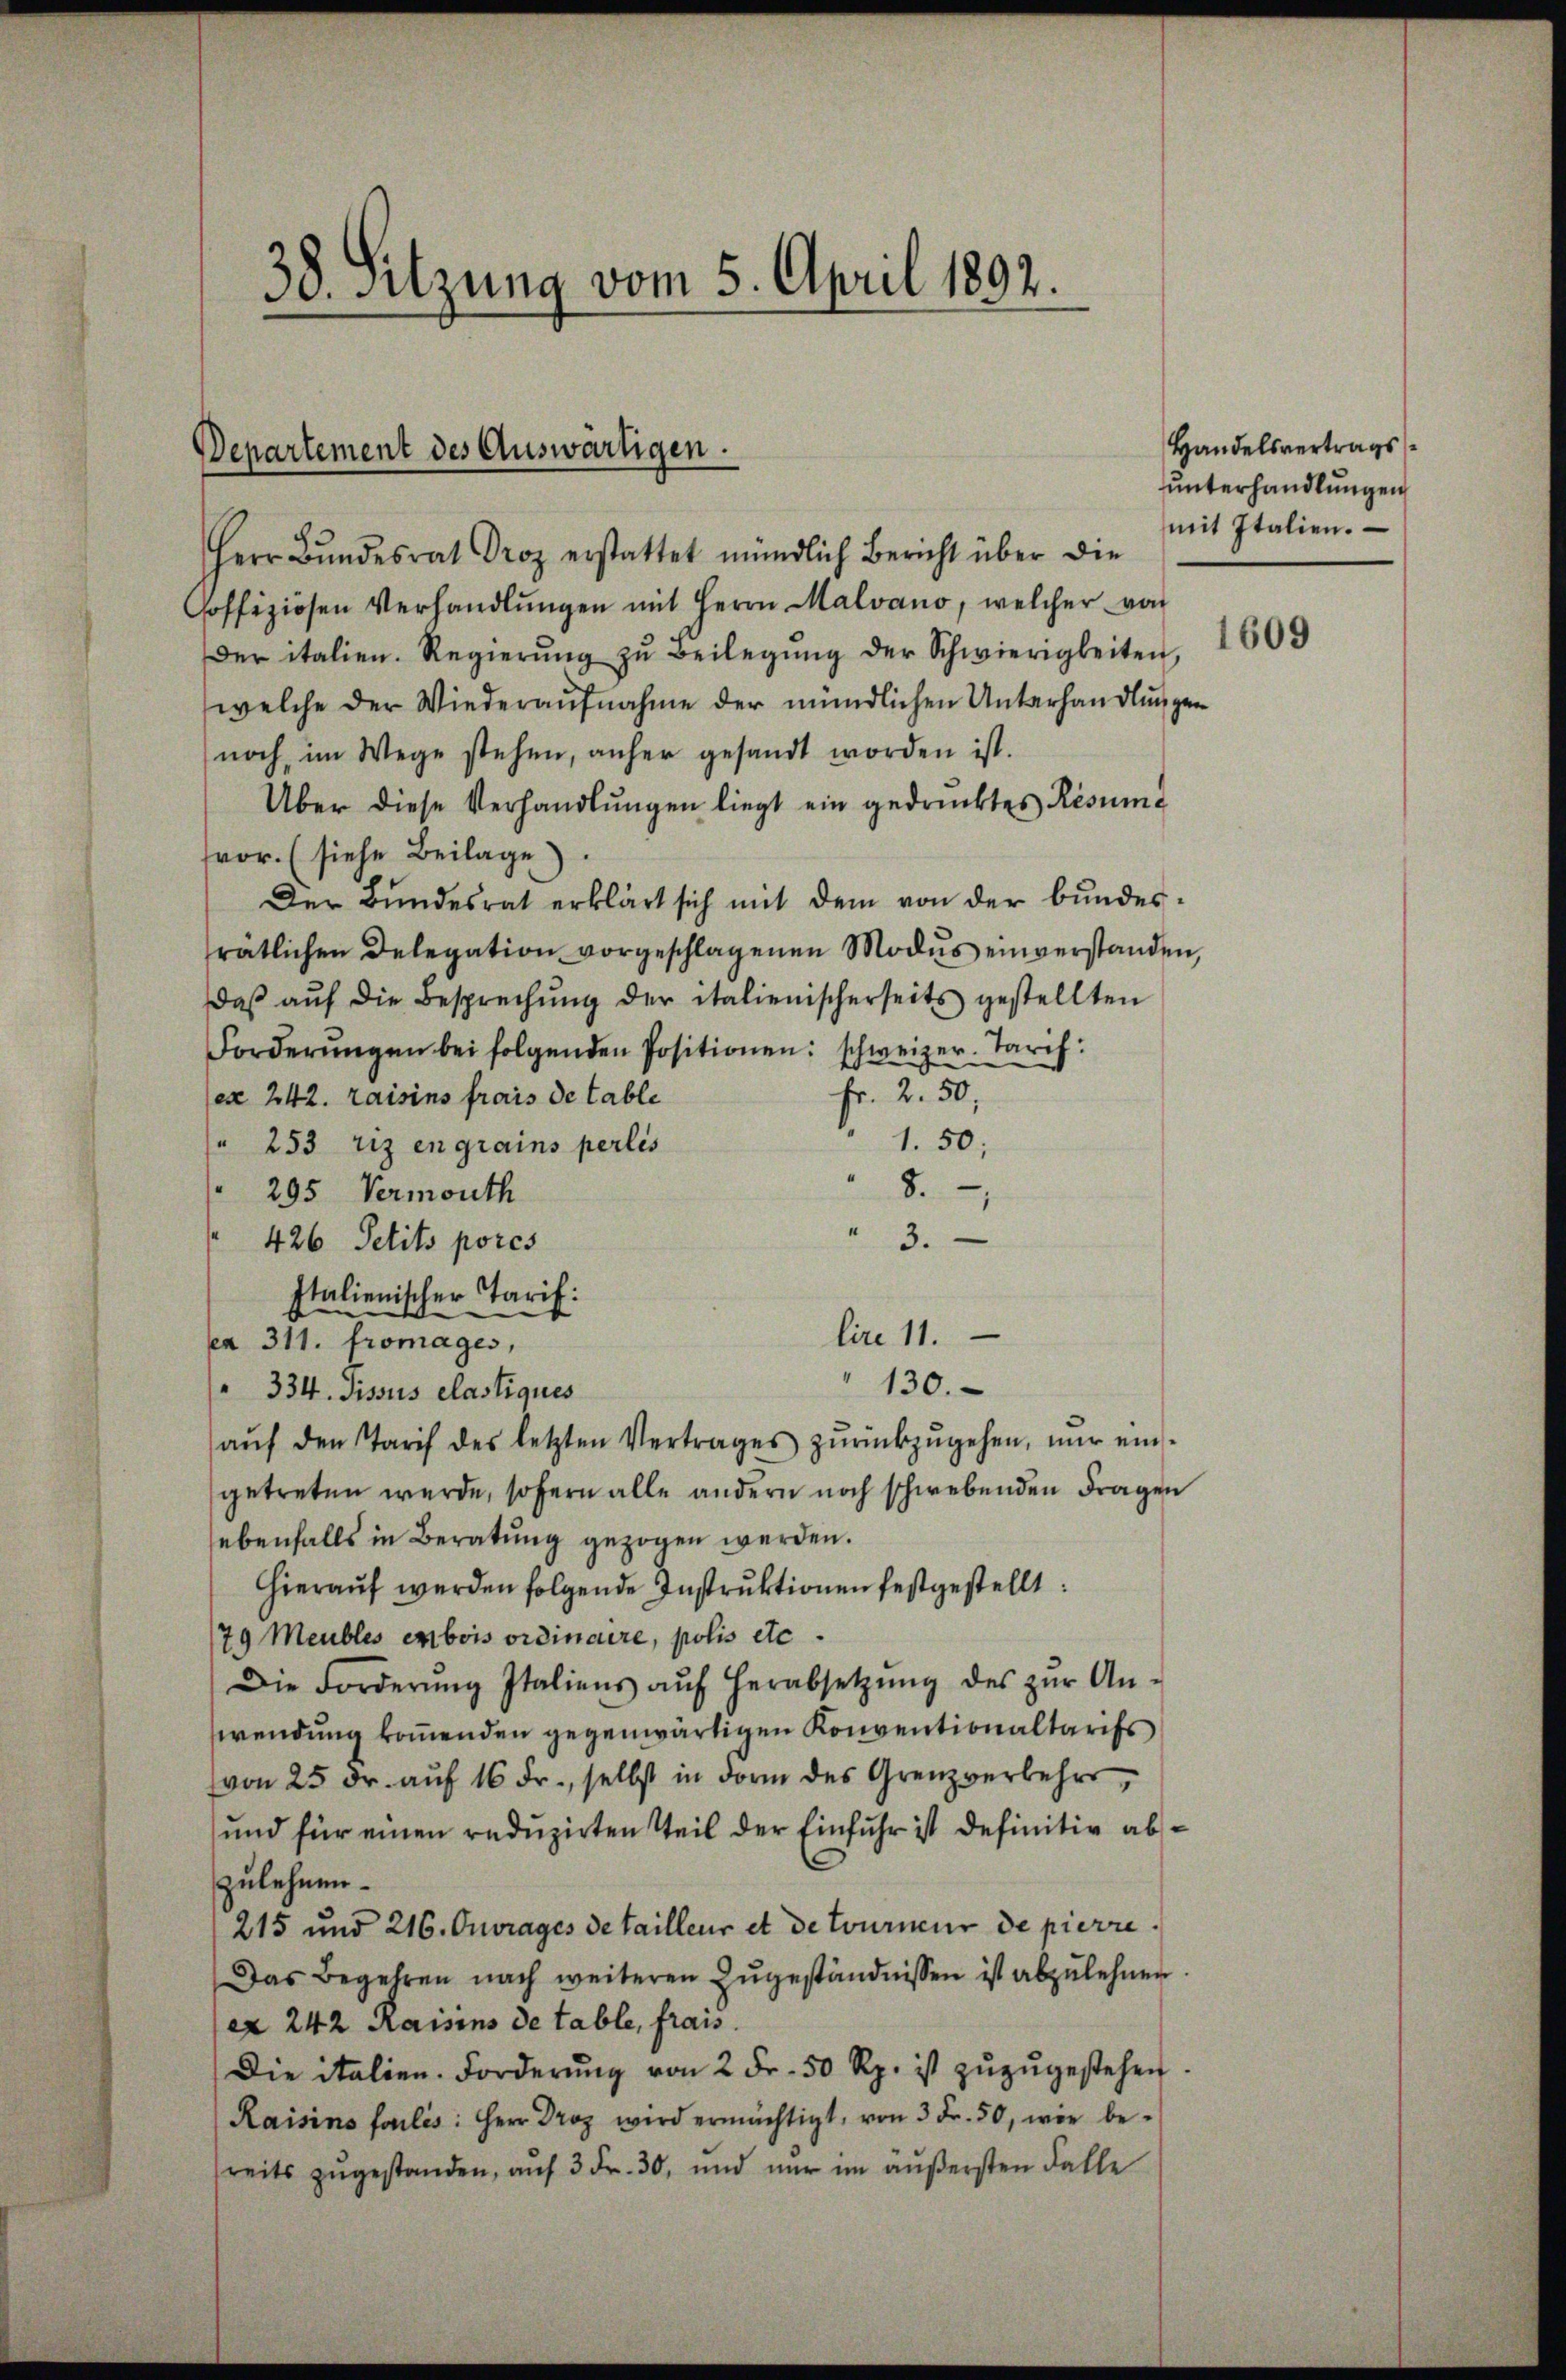
38. Sitzung vom 5. April 1892.

Departement des Auswärtigen.

Herr Bŭndesrat Droz erstattet mündlich Bericht über die
hoffiziösen Verhandlŭngen mit Herrn Malvano, welcher von
der italien. Regierŭng zŭ Beilegŭng der Schwierigkeiten,
welche der Wiederaufnahme der mündlichen Unterhandlungen
noch im Wege stehen, anher gesandt worden ist.
Über diese Verhandlŭngen liegt ein gedrucktes Resume
vor. (siehe Beilage)
Der Bundesrat erklärt sich mit dem von der bundesrätlichen Delegation vorgeschlagenen Modus einverstanden,
daβ aŭf die Besprechŭng der italienischerseits gestellten
schweizer. Tarch:
Forderŭngen bei folgenden Positionen:
Fr. 2. 50,
ex 242. raisins frais de table
1. 50;
 253 riz en grains perlis
8.
295 Vermouth
 3.
426 Petits pores
Italienischer Tarif:
ca 311. Fromages,
130.
 334. Sissus elastiques
aŭf den Tarif des letzten Vertrages zŭrückzŭgehen, nur eingetreten werde, sofern alle andern noch schwebenden Fragen
ebenfalls in Beratung gezogen werden.
Hierauf werden folgende Instruktionen festgestellt:
79 Meubles erbois ordinaire, polis etc.
Die Forderŭng Italiens aŭf herabsetzŭng des zŭr An-
wendung kommenden gegenwärtigen Konventionaltarifs
von 25 Dr. auf 16 Fr., selbst in dorm des Grenzverkehrs,
und für einen reduzirten Teil der Einfuhr ist definitiv abzulehnen.
215 und 216. Ouvrages detailleur et de tourneur de pierre
Das Begehren nach weiteren Zugeständnissen ist abzulehnen
ex 242 Raisins de table, frais
Die italien. Forderŭng von 2 Fr. 50 Rp. ist zŭzŭgestehen
Raisins foulis: Herr Droz wird ermächtigt, von 3 Fr. 50, wie bereits zugestanden, auf 3 Fr. 30, und nur im äußersten Falle

lire 11.

Handelsvertrags
unterhandlungen
mit Italien.

1609